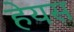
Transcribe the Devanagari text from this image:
हेयस